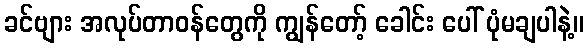
ခင်ဗျား အလုပ်တာဝန်တွေကို ကျွန်တော့် ခေါင်း ပေါ် ပုံမချပါနဲ့။